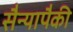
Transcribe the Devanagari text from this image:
सैन्यापैकी